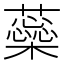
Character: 蘂